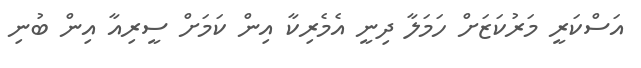
އަސްކަރީ މަރުކަޒަށް ހަމަލާ ދިނީ އެމެރިކާ އިން ކަމަށް ސީރިއާ އިން ބުނި